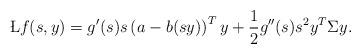
LaTeX: \begin{align*}\L f(s,y) = g'(s) s \left(a - b(sy)\right)^T y + \frac{1}{2} g''(s) s^2 y^T \Sigma y. \end{align*}